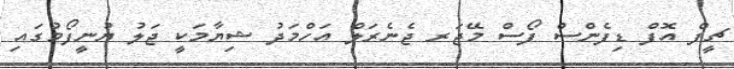
ޗީފް އޮފް ޑިފެންސް ފޯސް މޭޖަރ ޖެނެރަލް އަހްމަދު ޝިޔާމަކީ ޖަލު ޔުނީފޯމުގައި